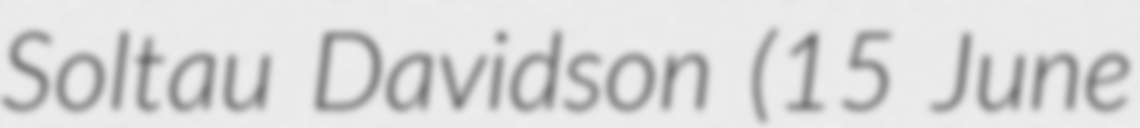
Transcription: Soltau Davidson (15 June